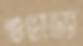
শুভাড্যা